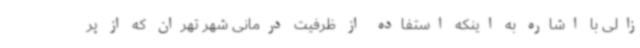
زالی با اشاره به اینکه استفاده از ظرفیت درمانی شهر تهران که از پر